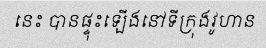
នេះ បានផ្ទុះឡើងនៅទីក្រុងវូហាន